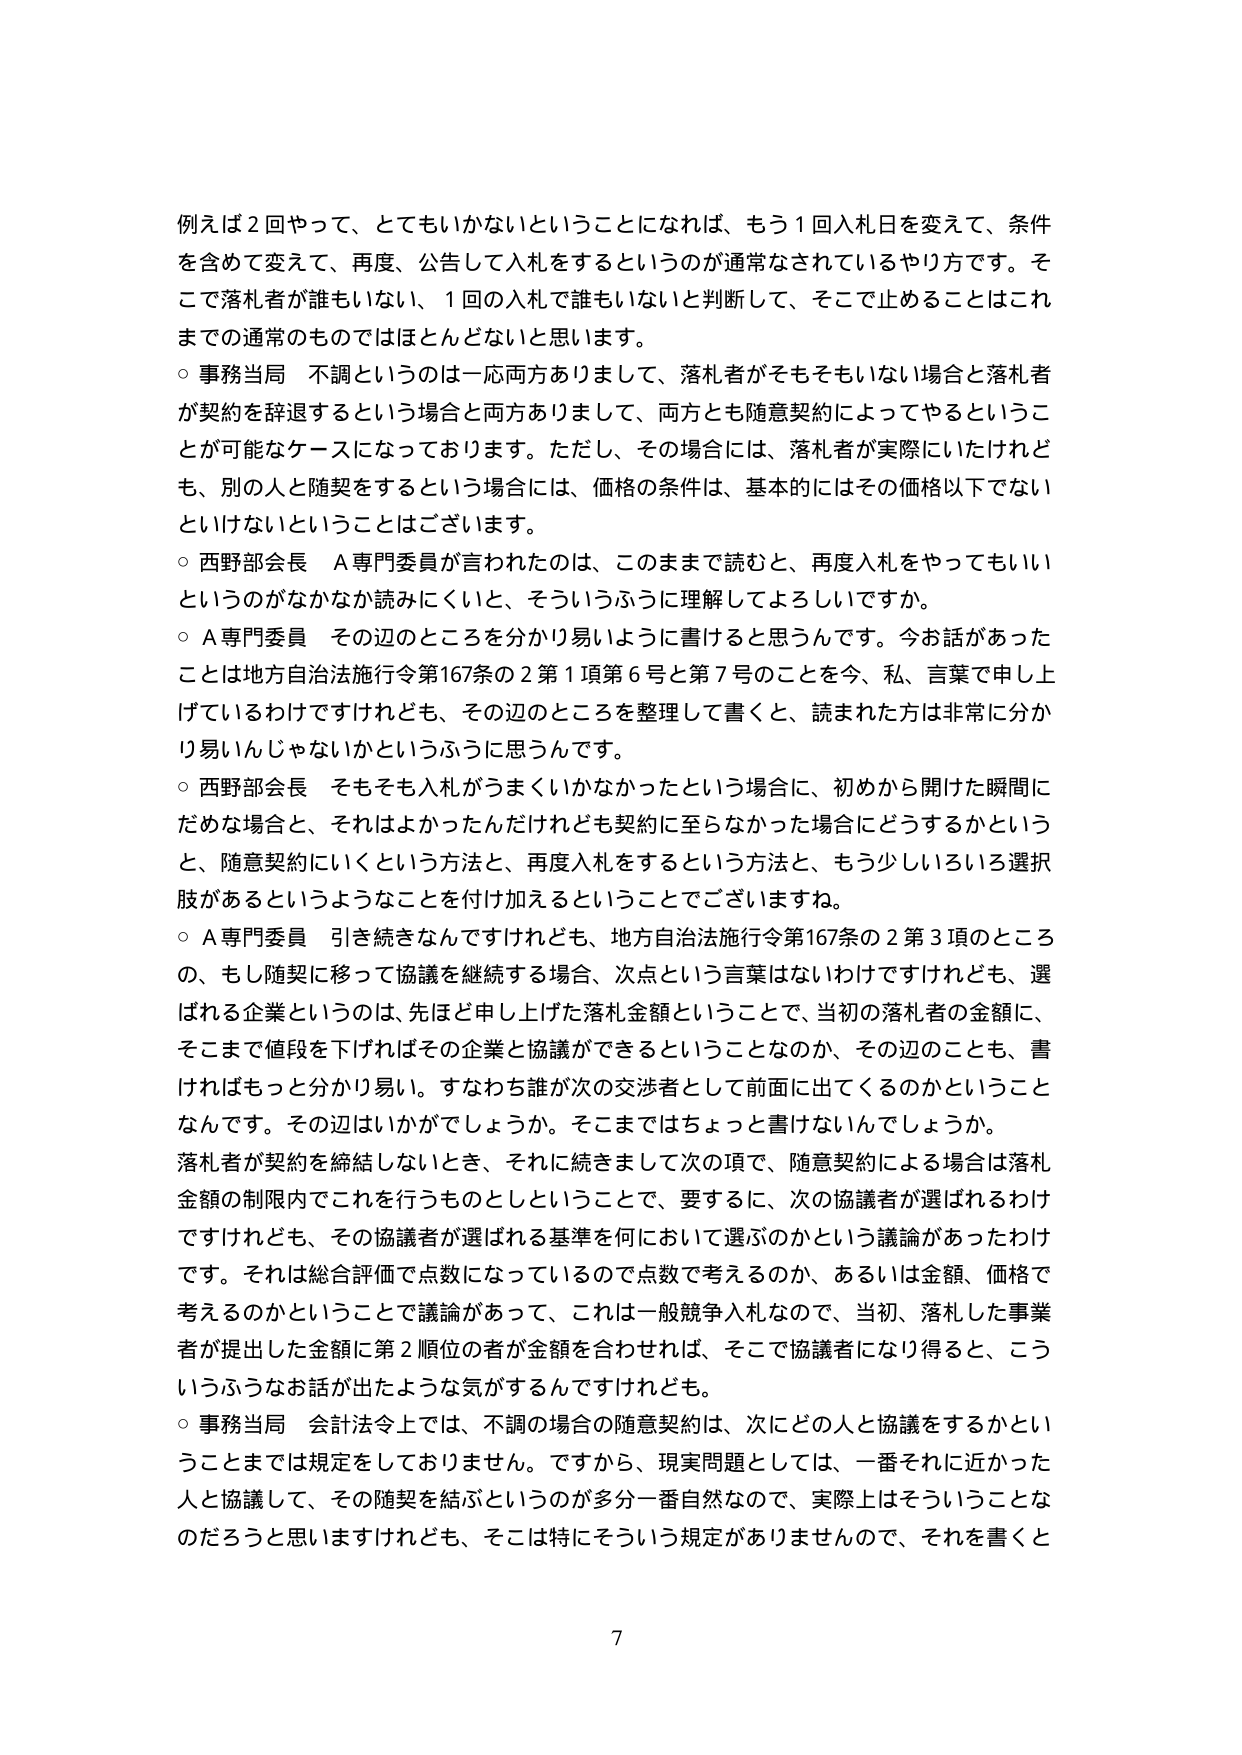
例えば２回やって、とてもいかないということになれば、もう１回入札日を変えて、条件を含めて変えて、再度、公告して入札をするというのが通常なされているやり方です。そこで落札者が誰もいない、１回の入札で誰もいないと判断して、そこで止めることはこれまでの通常のものではほとんどないと思います。

○ 事務当局　不調というのは一応両方ありまして、落札者がそもそもいない場合と落札者が契約を辞退するという場合と両方ありまして、両方とも随意契約によってやるということが可能なケースになっております。ただし、その場合には、落札者が実際にいたけれども、別の人と随契をするという場合には、価格の条件は、基本的にはその価格以下でないといけないということはございます。

○ 西野部会長　Ａ専門委員が言われたのは、このままで読むと、再度入札をやってもいいというのがなかなか読みにくいと、そういうふうに理解してよろしいですか。

○ Ａ専門委員　その辺のところを分かり易いように書けると思うんです。今お話があったことは地方自治法施行令第167条の２第１項第６号と第７号のことを今、私、言葉で申し上げているわけですがけれども、その辺のところを整理して書くと、読まれた方は非常に分かり易いんじゃないかというふうに思うんです。

○ 西野部会長　そもそも入札がうまくいかなかったという場合に、初めから開けた瞬間にだめな場合と、それはよかったんだけれども契約に至らなかった場合にどうするかというと、随意契約にいくという方法と、再度入札をするという方法と、もう少しいろいろ選択肢があるというようなことを付け加えるということでございますね。

○ Ａ専門委員　引き続きなんですけれども、地方自治法施行令第167条の２第３項のところの、もし随契に移って協議を継続する場合、次点という言葉はないわけですけれども、選ばれる企業というのは、先ほど申し上げた落札金額ということで、当初の落札者の金額に、そこまで値段を下げればその企業と協議ができるということなのか、その辺のことも、書ければもっと分かり易い。すなわち誰が次の交渉者として前面に出てくるのかということなんです。その辺はいかがでしょうか。そこまではちょっと書けないんでしょうか。

落札者が契約を締結しないとき、それに続きまして次の項で、随意契約による場合は落札金額の制限内でこれを行うものとしてということで、要するに、次の協議者が選ばれるわけですがけれども、その協議者が選ばれる基準を何において選ぶのかという議論があったわけです。それは総合評価で点数になっているので点数で考えるのか、あるいは金額、価格で考えるのかということで議論があって、これは一般競争入札なので、当初、落札した事業者が提出した金額に第２順位の者が金額を合わせれば、そこで協議者になり得ると、こういうふうなお話が出たような気がするんですけれども。

○ 事務当局　会計法令上では、不調の場合の随意契約は、次にどの人と協議をするかということまでは規定をしておりません。ですから、現実問題としては、一番それに近かった人と協議して、その随契を結ぶというのが多分一番自然なので、実際上はそういうことなのだろうと思いますけれども、そこは特にそういう規定がありませんので、それを書くと

7